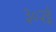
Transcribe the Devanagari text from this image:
३०२ई